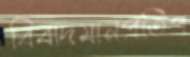
বিবাদমানপ্রতিপ